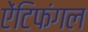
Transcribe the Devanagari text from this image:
ऐंटिफंगल